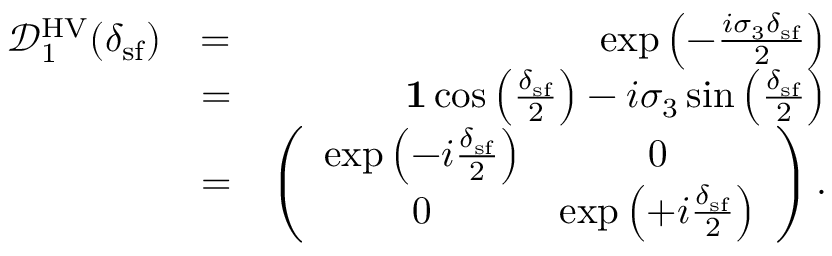
\begin{array} { r l r } { \mathcal { D } _ { 1 } ^ { \mathrm { H V } } ( \delta _ { \mathrm { s f } } ) } & { = } & { \exp \left( - \frac { i \sigma _ { 3 } \delta _ { \mathrm { s f } } } { 2 } \right) } \\ & { = } & { { \bf 1 } \cos \left( \frac { \delta _ { \mathrm { s f } } } { 2 } \right) - i \sigma _ { 3 } \sin \left( \frac { \delta _ { \mathrm { s f } } } { 2 } \right) } \\ & { = } & { \left( \begin{array} { c c } { \exp \left( - i \frac { \delta _ { \mathrm { s f } } } { 2 } \right) } & { 0 } \\ { 0 } & { \exp \left( + i \frac { \delta _ { \mathrm { s f } } } { 2 } \right) } \end{array} \right) . } \end{array}